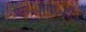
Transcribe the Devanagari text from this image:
एम॰आइ॰टी॰